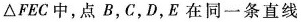
△ F E C 中，点 B，C，D，E 在同一条直线